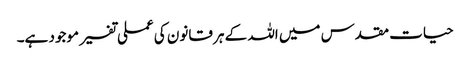
حیات مقدس میں اللہ کے ہر قانون کی عملی تفسیر موجود ہے۔